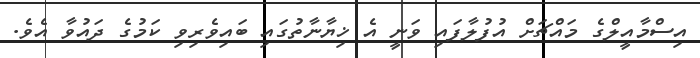
އިސްމާއީލްގެ މައްޗަށް އުފުލާފައި ވަނީ އެ ޚިޔާނާތުގައި ބައިވެރިވި ކަމުގެ ދައުވާ އެވެ.